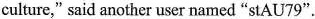
culture," said another user named “stAU 79".